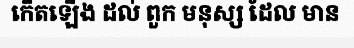
កើតឡើង ដល់ ពួក មនុស្ស ដែល មាន